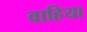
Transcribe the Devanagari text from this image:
वाहिया